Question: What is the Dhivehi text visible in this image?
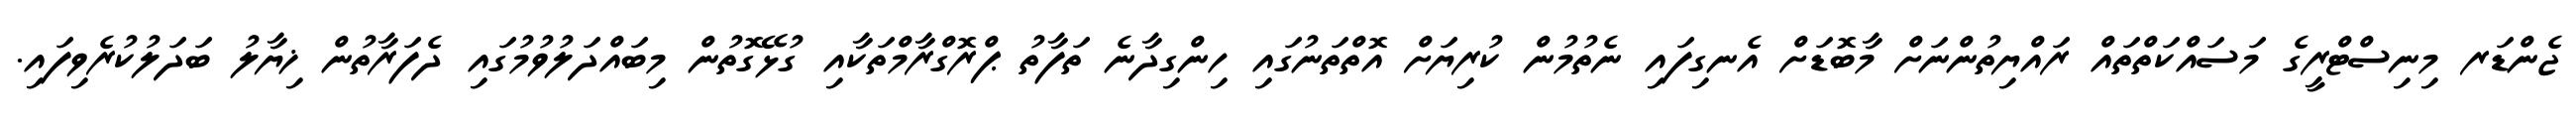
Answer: ޖެންޑަރ މިނިސްޓްރީގެ މަސައްކަތްތައް ރައްޔިތުންނަށް މާބޮޑަށް އެނގިފައި ނެތުމުން ކުރިޔަށް އޮތްތަނުގައި ހިންގިދާނެ ތަފާތު ޕްރޮގްރާމްތަކާއި ގުޅޭގޮތުން މިބައްދަލުވުމުގައި ދެފަރާތުން ޚިޔާލު ބަދަލުކުރެވިފައި.